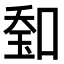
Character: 𠷷